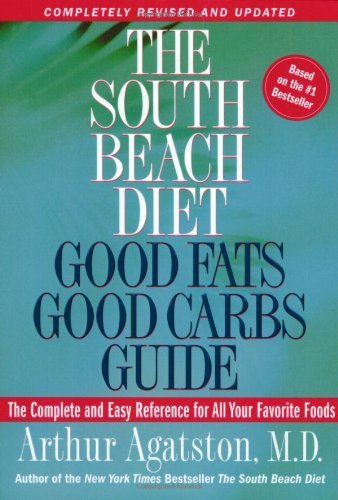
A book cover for By Arthur Agatston - The South Beach Diet Good Fats/Good Carbs Guide (Revised): The Complete and Easy Reference for All Your Favorite Foods (The South Beach Diet) (Rev Exp) (3.2.2005); Arthur Agatston; Health, Fitness & Dieting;